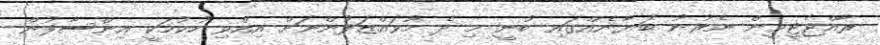
ރާއްޖެޓީވީން ނެރުނު ބަޔާނެއްގައި ބުނީ މި ދެ މުވައްޒަފުންނަށް އިއްވި ހުކުމަކީ އިންސާފުން